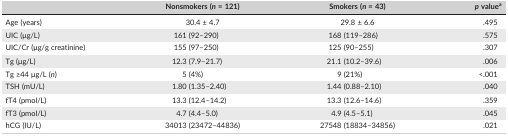
|  | Nonsmokers (n = 121) | Smokers (n = 43) | p valuea |
 | --- | --- | --- | --- |
 | Age (years) | 30.4 ± 4.7 | 29.8 ± 6.6 | .495 |
 | UIC (μg/L) | 161 (92–290) | 168 (119–286) | .575 |
 | UIC/Cr (μg/g creatinine) | 155 (97–250) | 125 (90–255) | .307 |
 | Tg (μg/L) | 12.3 (7.9–21.7) | 21.1 (10.2–39.6) | .006 |
 | Tg ≥44 μg/L (n) | 5 (4%) | 9 (21%) | <.001 |
 | TSH (mU/L) | 1.80 (1.35–2.40) | 1.44 (0.88–2.10) | .040 |
 | fT4 (pmol/L) | 13.3 (12.4–14.2) | 13.3 (12.6–14.6) | .359 |
 | fT3 (pmol/L) | 4.7 (4.4–5.0) | 4.9 (4.5–5.1) | .045 |
 | hCG (IU/L) | 34013 (23472–44836) | 27548 (18834–34856) | .021 |